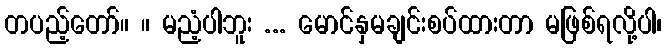
တပည့်တော်။ ။ မညံ့ပါဘူး ... မောင်နှမချင်းစပ်ထားတာ မဖြစ်ရလို့ပါ၊